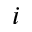
i